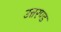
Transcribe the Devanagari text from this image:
उत्तरण्ड